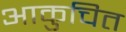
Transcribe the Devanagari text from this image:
आकुचित